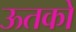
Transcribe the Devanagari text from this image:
ऊतको